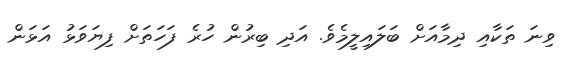
ވިނަ ތަކާއި ދިމާއަށް ބަލައިލީމެވެ. އަދި ބިރުން ހުރެ ފަހަތަށް ފިޔަވަޅު އަޅަން